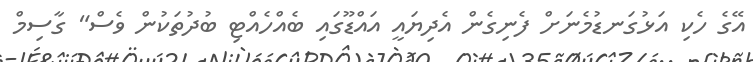
އޭގެ ހެކި އަޅުގަނޑުމެނަށް ފެނިގެން އެދިޔައީ އައްޑޫގައި ބެއްހެއްޓި ބުދުތަކުން ވެސް" ގާސިމް